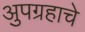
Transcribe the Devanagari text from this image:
अुपग्रहाचे